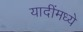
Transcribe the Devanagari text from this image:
यादींमध्ये